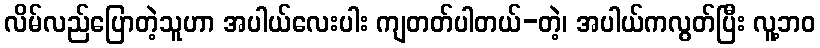
လိမ်လည်ပြောတဲ့သူဟာ အပါယ်လေးပါး ကျတတ်ပါတယ်-တဲ့၊ အပါယ်ကလွတ်ပြီး လူ့ဘဝ